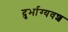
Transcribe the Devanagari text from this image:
दुर्भाग्‍यवश